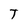
Character: T